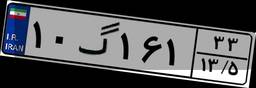
۱۰گ۱۶۱۳۳